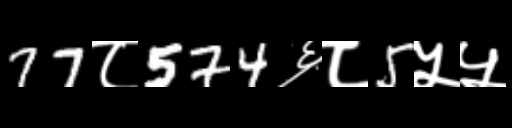
Text: 77८574६८5५५